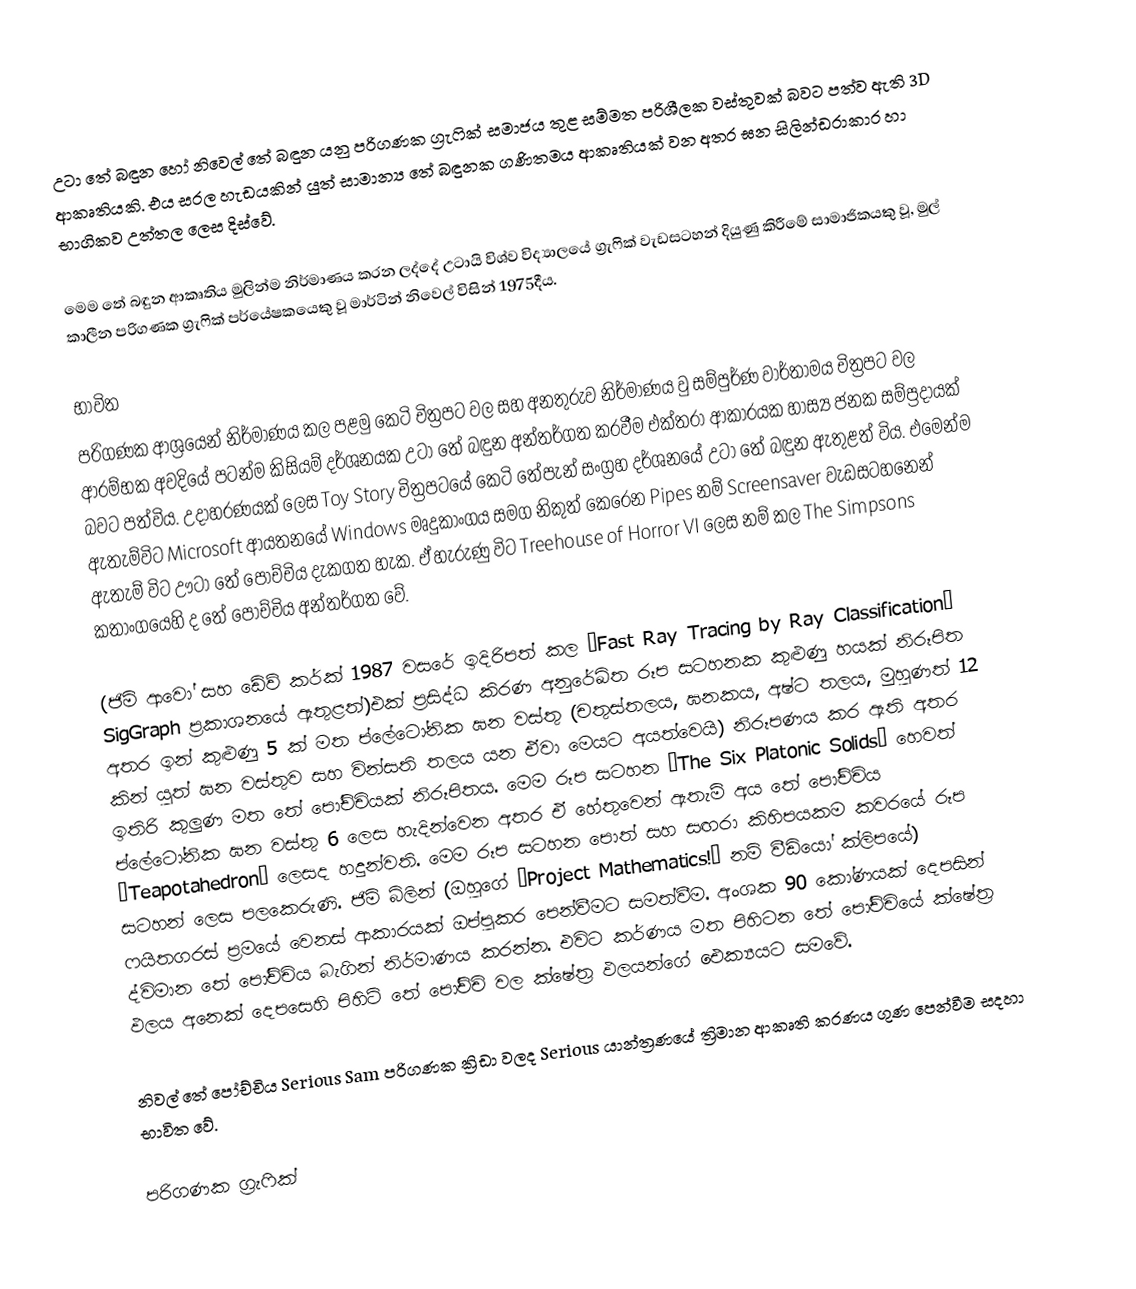
උටා තේ බඳුන හෝ නිවෙල් තේ බඳුන යනු පරිගණක ග්‍රැෆික් සමාජය තුළ සම්මත පරිශීලක වස්තුවක් බවට පත්ව ඇති 3D ආකෘතියකි. එය සරල හැඩයකින් යුත් සාමාන්‍ය තේ බඳුනක ගණිතමය ආකෘතියක් වන අතර ඝන සිලින්ඩරාකාර හා භාගිකව උත්තල ලෙස දිස්වේ.

මෙම තේ බඳුන ආකෘතිය මුලින්ම නිර්මාණය කරන ලද්දේ උටායි විශ්ව විද්‍යාලයේ ග්‍රැෆික් වැඩසටහන් දියුණු කිරීමේ සාමාජිකයකු වූ, මුල් කාලීන පරිගණක ග්‍රැෆික් පර්යේෂකයෙකු වූ මාර්ටින් නිවෙල් විසින් 1975දීය.

භාවිත
පරිගණක ආශ්‍රයෙන් නිර්මාණය කල පළමු කෙටි චිත්‍රපට වල සහ අනතුරුව නිර්මාණය වු සම්පුර්ණ වාර්තාමය චිත්‍රපට වල ආරම්භක අවදියේ පටන්ම කිසියම් දර්ශනයක උටා තේ බඳුන අන්තර්ගත කරවීම එක්තරා ආකාරයක හාස්‍ය ජනක සම්ප්‍රදායක් බවට පත්විය. උදාහරණයක් ලෙස Toy Story චිත්‍රපටයේ කෙටි තේපැන් සංග්‍රහ දර්ශනයේ උටා තේ බඳුන ඇතුළත් විය. එමෙන්ම ඇතැම්විට Microsoft ආයතනයේ Windows මෘදුකාංගය සමග නිකුත් කෙරෙන Pipes නම් Screensaver වැඩ‍සටහනෙන් ඇතැම් විට ඌටා තේ පෝච්චිය දැකගත හැක. ඒ හැරුණු විට Treehouse of Horror VI ලෙස නම් කල The Simpsons කතාංගයෙහි ද තේ පෝච්චිය අන්තර්ගත වේ.

(ජිම් ආවෝ සහ ඩේව් කර්ක් 1987 වසරේ ඉදිරිපත් කල “Fast Ray Tracing by Ray Classification” SigGraph ප්‍රකාශනයේ ඇතුළත්)එක් ප්‍රසිද්ධ කිරණ අනුරේඛිත රූප සටහනක කුළුණු හයක් නිරූපිත අතර ඉන් කුළුණු 5 ක් මත ප්ලේටෝනික ඝන වස්තු (චතුස්තලය, ඝනකය, අෂ්ට තලය, ‍මුහුණත් 12 කින් යුත් ඝන වස්තුව සහ වින්සති තලය යන ඒවා මෙයට අයත්වෙයි) නිරූපණය කර ඇති අතර ඉතිරි කුලුණ මත තේ පෝච්චියක් නිරූපිතය. මෙම රූප සටහන “The Six Platonic Solids” හෙවත් ප්ලේටෝනික ඝන වස්තු 6 ලෙස හැදින්වෙන අතර ඒ හේතුවෙන් ඇතැම් අය තේ පෝච්චිය “Teapotahedron” ලෙසද හදුන්වති. මෙම රූප සටහන පොත් සහ සඟරා කිහිපයකම කවරයේ රූප සටහන් ලෙස පලකෙරුණි. ජිම් බ්ලින් (ඔහුගේ “Project  Mathematics!” නම් වීඩියෝ ක්ලිපයේ) ෆයිතගරස් ප්‍රමයේ වෙනස් ආකාරයක් ඔප්පුකර පෙන්වීමට සමත්වීම. අංශක 90 කෝණයක් දෙපසින් ද්විමාන තේ පෝච්චිය බැගින් නිර්මාණය කරන්න. එවිට කර්ණය මත පිහිටන තේ පෝච්චියේ ක්ෂේත්‍ර ඵලය අනෙක් දෙපසෙහි පිහිටි තේ පෝච්චි වල ක්ෂේත්‍ර ඵලයන්ගේ ඓක්‍යයට සමවේ.

නිවල් තේ පෝච්චිය Serious Sam පරිගණක ක්‍රිඩා වලද Serious යාන්ත්‍රණයේ ත්‍රිමාන ආකෘති කරණය ගුණ පෙන්වීම සදහා භාවිත වේ.

පරිගණක ග්‍රැෆික්